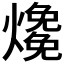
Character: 𤑑